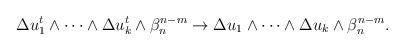
LaTeX: \begin{align*} \begin{aligned}\Delta u_1^{t}\wedge\dots\wedge \Delta u_k^{t} \wedge \beta_n^{n-m}\rightarrow \Delta u_1\wedge\dots\wedge \Delta u_k \wedge \beta_n^{n-m}.\end{aligned} \end{align*}